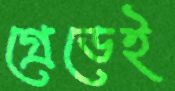
গ্রেডেই